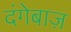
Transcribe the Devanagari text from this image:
दंगेबाज़